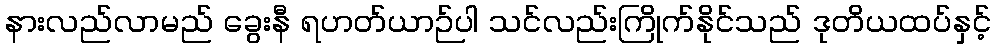
နားလည်လာမည် ခွေးနီ ရဟတ်ယာဉ်ပါ သင်လည်းကြိုက်နိုင်သည် ဒုတိယထပ်နှင့်